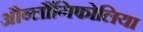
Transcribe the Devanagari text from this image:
औब्लौंगिफोलिया